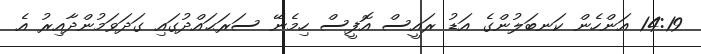
14:19 އަންހެން ކަނބަލުންގެ އަޑު ރައީސް އޮފީސް ހިމެނޭ ސަރަޙައްދުގައި ގަދަވަމުންދާއިރު އެ